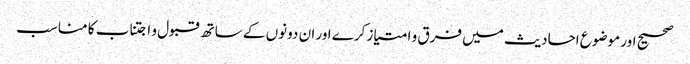
صحیح اور موضوع احادیث میں فرق و امتیاز کرے اور ان دونوں کے ساتھ قبول و اجتناب کا مناسب